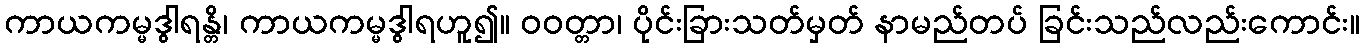
ကာယကမ္မဒွါရန္တိ၊ ကာယကမ္မဒွါရဟူ၍။ ဝဝတ္တာ၊ ပိုင်းခြားသတ်မှတ် နာမည်တပ် ခြင်းသည်လည်းကောင်း။